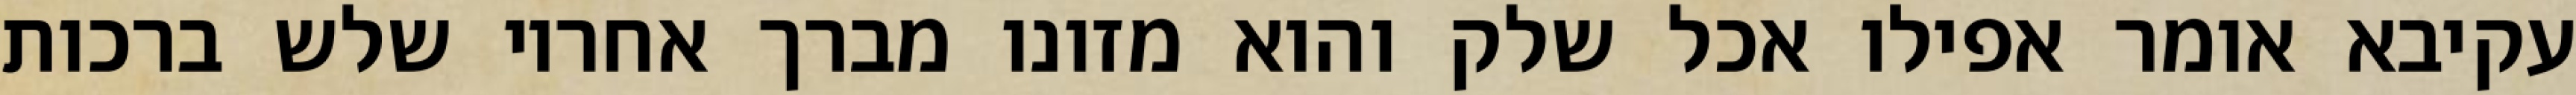
עקיבא אומר אפילו אכל שלק והוא מזונו מברך אחריו שלש ברכות